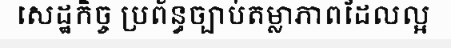
សេដ្ឋកិច្ច ប្រព័ន្ធច្បាប់តម្លាភាពដែលល្អ